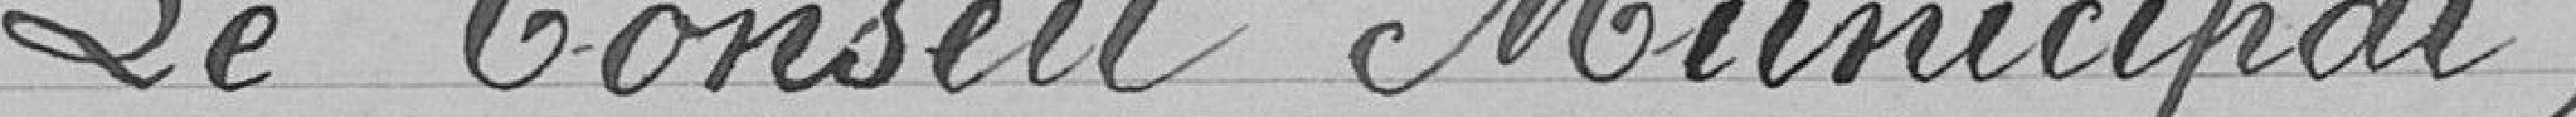
Le Conseil Municipal